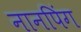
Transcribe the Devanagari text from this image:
नानपिंग